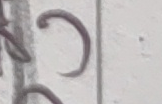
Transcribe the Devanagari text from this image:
३